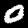
Digit: 0